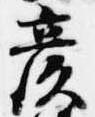
彦